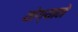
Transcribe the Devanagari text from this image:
योग्याने